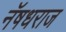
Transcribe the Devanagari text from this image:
नॅषधराज